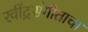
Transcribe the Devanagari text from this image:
रवींद्रसंगीताचा